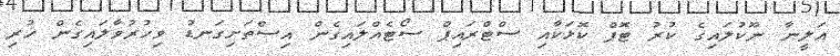
އަލީނާ ނޫކުލައިގެ ކުރު ޓޮޕް ކޮޅަކާއި ސްޓްރައިޕް ސޯޓެއްލައިގެން އިސްތަށިގަނޑު ވިހުރުވާލައިގެން ހުރި